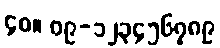
၄၀။ ၀၉-၁၂၃၄၅၆၇၈၉